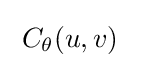
\;C_{\theta }(u,v)\